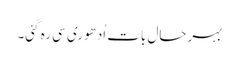
بہرحال بات اُدھوری سی رہ گئی۔